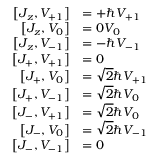
{ \begin{array} { r l } { \left[ J _ { z } , V _ { + 1 } \right] } & { = + \hbar V _ { + 1 } } \\ { \left[ J _ { z } , V _ { 0 } \right] } & { = 0 V _ { 0 } } \\ { \left[ J _ { z } , V _ { - 1 } \right] } & { = - \hbar V _ { - 1 } } \\ { \left[ J _ { + } , V _ { + 1 } \right] } & { = 0 } \\ { \left[ J _ { + } , V _ { 0 } \right] } & { = { \sqrt { 2 } } \hbar V _ { + 1 } } \\ { \left[ J _ { + } , V _ { - 1 } \right] } & { = { \sqrt { 2 } } \hbar V _ { 0 } } \\ { \left[ J _ { - } , V _ { + 1 } \right] } & { = { \sqrt { 2 } } \hbar V _ { 0 } } \\ { \left[ J _ { - } , V _ { 0 } \right] } & { = { \sqrt { 2 } } \hbar V _ { - 1 } } \\ { \left[ J _ { - } , V _ { - 1 } \right] } & { = 0 } \end{array} }